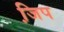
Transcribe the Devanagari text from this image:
जि़प